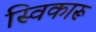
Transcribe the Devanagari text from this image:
स्विकारू